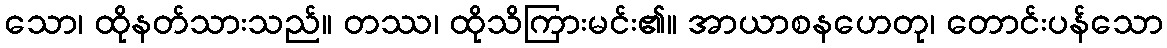
သော၊ ထိုနတ်သားသည်။ တဿ၊ ထိုသိကြားမင်း၏။ အာယာစနဟေတု၊ တောင်းပန်သော